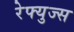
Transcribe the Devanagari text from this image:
रेफ्युज्स